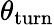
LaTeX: \theta_{\mathrm{turn}}